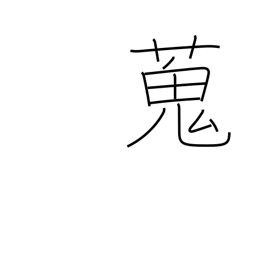
Meaning: gather